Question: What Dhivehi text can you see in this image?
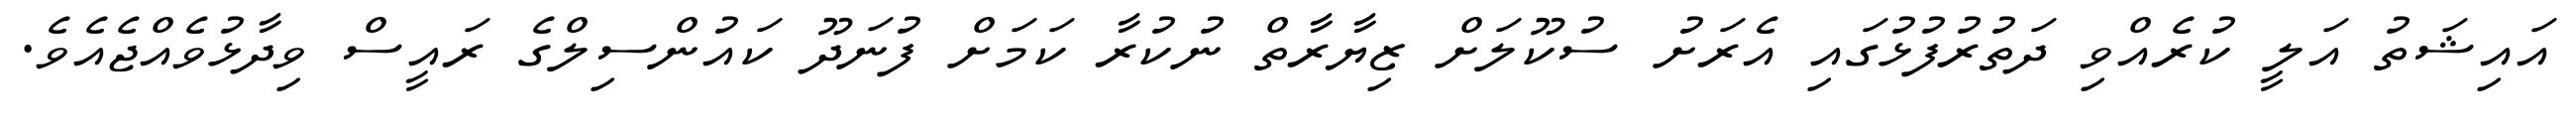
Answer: އައިޝަތު އަލީ ކުރެއްވި ދަތުރުފުޅުގައި އެރަށު ސުކޫލަށް ޒިޔާރާތް ނުކުރާ ކަމަށް ފުނަދޫ ކައުންސިލްގެ ރައީސް ވިދާޅުވެއްޖެއެވެ.